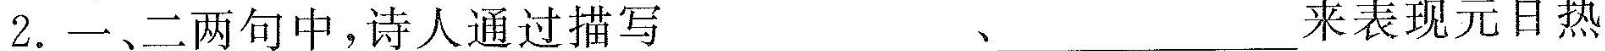
2.一二两句中，诗人通过写___、___来表元日热